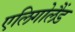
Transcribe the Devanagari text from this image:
एलिगोलैंड